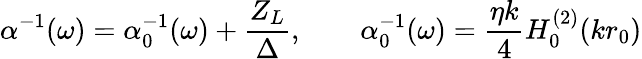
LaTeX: \alpha^{-1}(\omega)=\alpha_{0}^{-1}(\omega)+\frac{Z_{L}}{\Delta},\qquad\alpha_{0}^{-1}(\omega)=\frac{\eta k}{4}H_{0}^{(2)}(kr_{0})